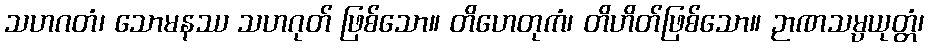
သဟဂတံ၊ သောမနဿ သဟဂုတ် ဖြစ်သော။ တိဟေတုကံ၊ တိဟိတ်ဖြစ်သော။ ဉာဏသမ္ပယုတ္တံ၊